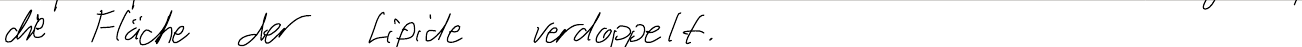
die Fläche der Lipide verdoppelt.